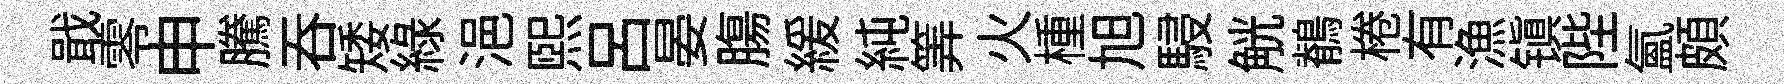
戢零申騰吞矮緑浥煕吕晏膓緩純筭火㮔旭駸觥鶺棬有漁镇陛氳頗